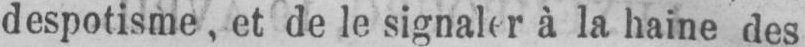
despotisme, et de le signaler à la haine des